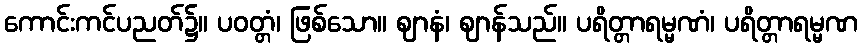
ကောင်းကင်ပညတ်၌။ ပဝတ္တံ၊ ဖြစ်သော။ ဈာနံ၊ ဈာန်သည်။ ပရိတ္တာရမ္မဏံ၊ ပရိတ္တာရမ္မဏ